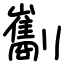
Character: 㔒